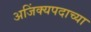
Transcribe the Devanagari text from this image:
अजिंक्यपदाच्या